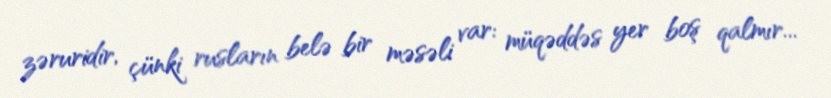
zəruridir, çünki rusların belə bir məsəli var: müqəddəs yer boş qalmır...